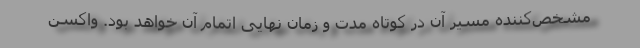
مشخص‌کننده مسیر آن در کوتاه مدت و زمان نهایی اتمام آن خواهد بود. واکسن